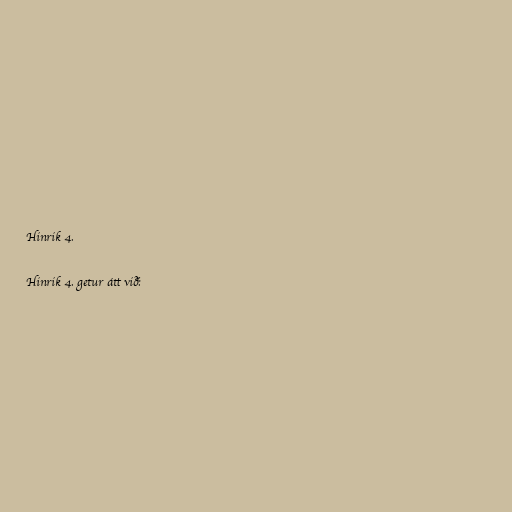
Hinrik 4.

Hinrik 4. getur átt við: